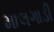
માલગાડી